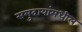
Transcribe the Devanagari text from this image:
समुदायांमधील